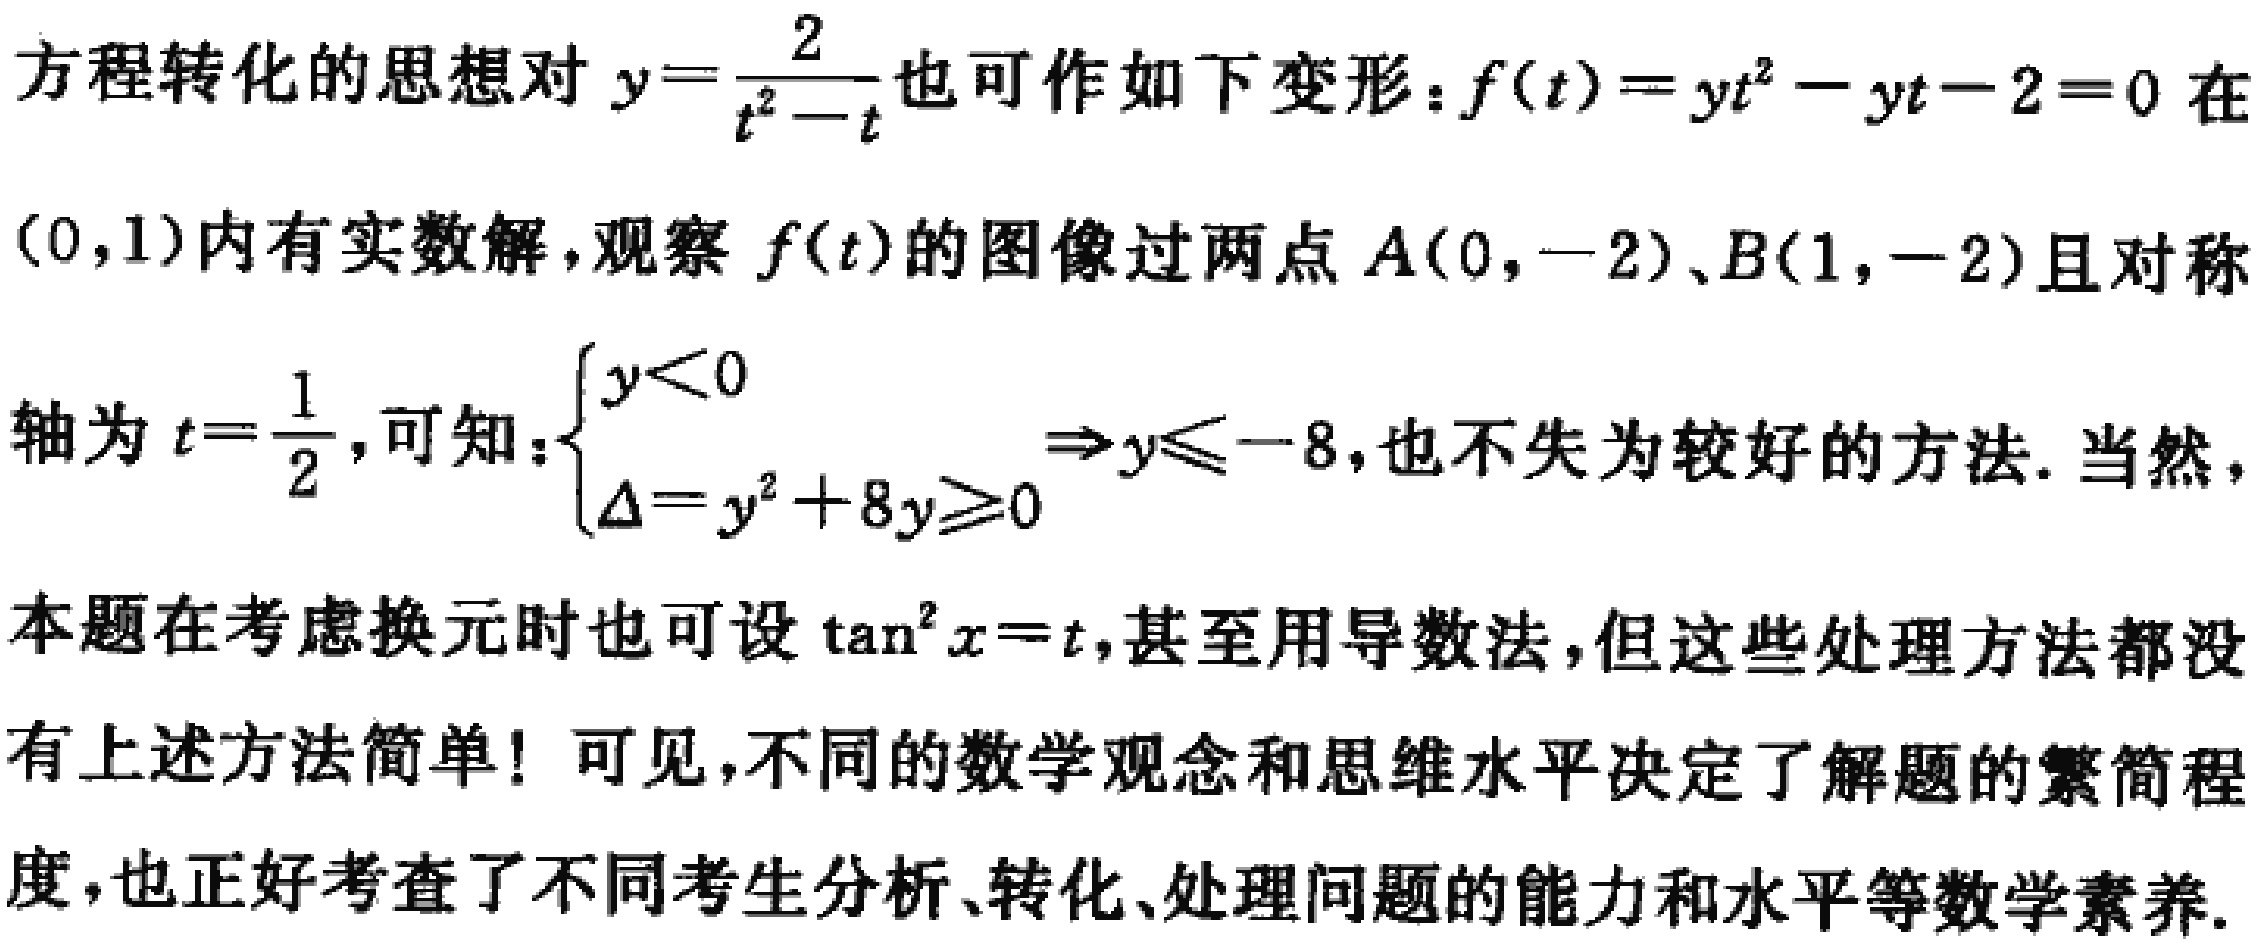
方程转化的思想对 \(y = \frac{2}{t^{2}-t}\) 也可作如下变形：\(f(t)=yt^{2}-yt - 2 = 0\) 在\((0,1)\)内有实数解，观察 \(f(t)\) 的图像过两点 \(A(0,-2)\)、\(B(1,-2)\)且对称轴为 \(t=\frac{1}{2}\)，可知：\(\begin{cases}y<0\\\Delta = y^{2}+8y\geq0\end{cases}\Rightarrow y\leq - 8\)，也不失为较好的方法. 当然，本题在考虑换元时也可设 \(\tan^{2}x = t\)，甚至用导数法，但这些处理方法都没有上述方法简单！可见，不同的数学观念和思维水平决定了解题的繁简程度，也正好考查了不同考生分析、转化、处理问题的能力和水平等数学素养.